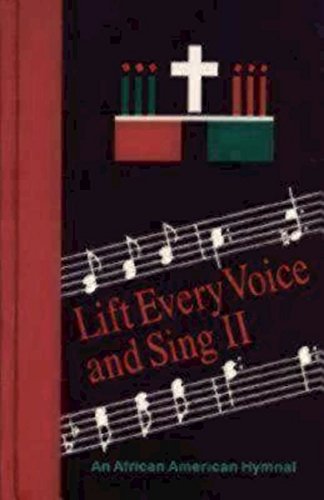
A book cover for Lift Every Voice and Sing II Pew Edition: An African American Hymnal; Church Publishing; Christian Books & Bibles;